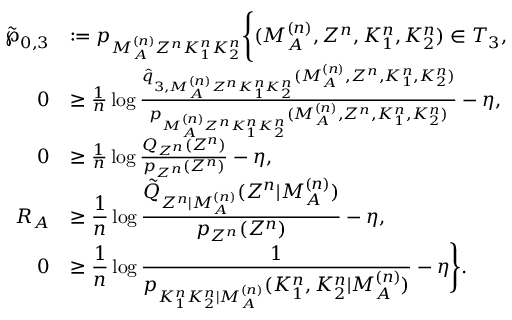
\begin{array} { r l } { \tilde { \wp } _ { 0 , 3 } } & { : = p _ { M _ { \cal A } ^ { ( n ) } Z ^ { n } K _ { 1 } ^ { n } K _ { 2 } ^ { n } } \Biggl \{ ( M _ { \cal A } ^ { ( n ) } , Z ^ { n } , K _ { 1 } ^ { n } , K _ { 2 } ^ { n } ) \in { \cal T } _ { 3 } , } \\ { 0 } & { \geq \frac { 1 } { n } \log \frac { \hat { q } _ { 3 , M _ { \cal A } ^ { ( n ) } Z ^ { n } K _ { 1 } ^ { n } K _ { 2 } ^ { n } } ( M _ { \cal A } ^ { ( n ) } , Z ^ { n } , K _ { 1 } ^ { n } , K _ { 2 } ^ { n } ) } { p _ { M _ { \cal A } ^ { ( n ) } Z ^ { n } K _ { 1 } ^ { n } K _ { 2 } ^ { n } } ( M _ { \cal A } ^ { ( n ) } , Z ^ { n } , K _ { 1 } ^ { n } , K _ { 2 } ^ { n } ) } - \eta , } \\ { 0 } & { \geq \frac { 1 } { n } \log \frac { Q _ { Z ^ { n } } ( Z ^ { n } ) } { p _ { Z ^ { n } } ( Z ^ { n } ) } - \eta , } \\ { R _ { \cal A } } & { \geq \displaystyle \frac { 1 } { n } \log \frac { \tilde { Q } _ { Z ^ { n } | M _ { \cal A } ^ { ( n ) } } ( Z ^ { n } | M _ { \cal A } ^ { ( n ) } ) } { p _ { Z ^ { n } } ( Z ^ { n } ) } - \eta , } \\ { 0 } & { \geq \displaystyle \frac { 1 } { n } \log \frac { 1 } { p _ { K _ { 1 } ^ { n } K _ { 2 } ^ { n } | M _ { \cal A } ^ { ( n ) } } ( K _ { 1 } ^ { n } , K _ { 2 } ^ { n } | M _ { \cal A } ^ { ( n ) } ) } - \eta \Biggr \} . } \end{array}